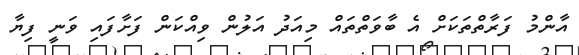
އާންމު ފަރާތްތަކަށް އެ ބާވަތްތައް މިއަދު އަލުން ވިއްކަން ފަށާފައި ވަނީ ފިޔާ